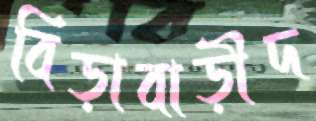
বিড়াবাড়ীদ